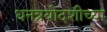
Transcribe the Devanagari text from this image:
धनत्रयोदशीच्या